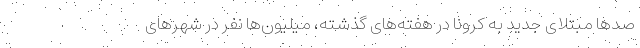
صدها مبتلای جدید به کرونا در هفته‌های گذشته، میلیون‌ها نفر در شهرهای